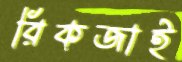
রিকজাই